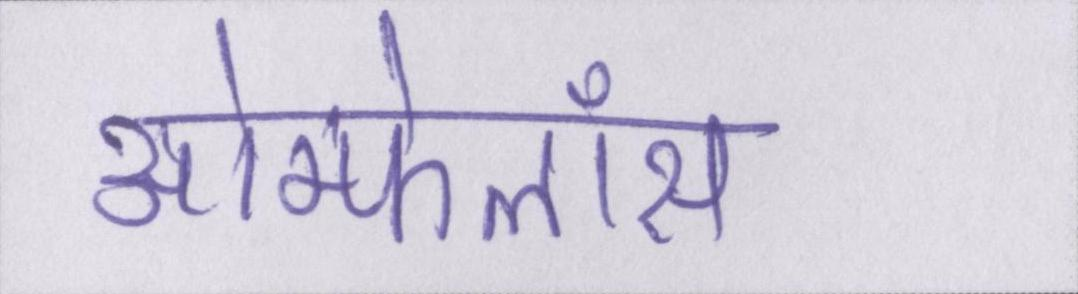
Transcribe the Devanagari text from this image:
ओम्फेलॉस